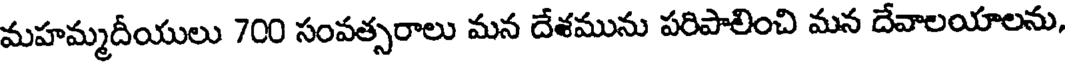
మహమ్మదీయులు 700 సంవత్సరాలు మన దేశమును పరిపాలించి మన దేవాలయాలను,